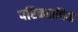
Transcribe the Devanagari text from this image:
परिकहानियों